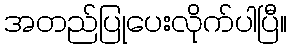
အတည်ပြုပေးလိုက်ပါပြီ။